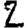
Digit: 2